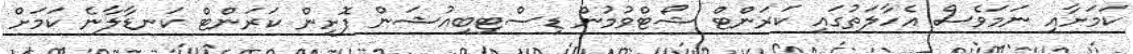
ކަމަށާއި ނަމަވެސް އެހާލަތުގައި ކަރަންޓް ޝޯޓްވުމުން ޑިސްޓިބިއުޝަން ފޮށިން ކަރަންޓް ކަނޑާލާނެ ކަމަށް